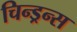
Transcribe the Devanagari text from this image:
चिन्ड्रन्स